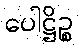
ပေါဋ္ဌိဉ္စ